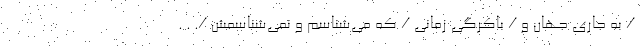
/ به جاری جهان و / باکرگی زمانی / که می‌شناسم و نمی‌شناسمش /. . .